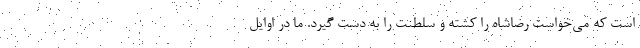
است که می‌خواست رضاشاه را کشته و سلطنت را به دست گیرد. ما در اوایل